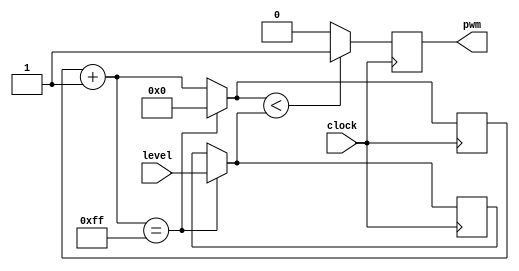
module FixFreqPwmGen (clock, level, pwm);
	input clock;
	input [7:0] level;
	output reg pwm;
	reg [7:0] tempLevel;
	reg [7:0] counter;
	
	initial begin
		pwm = 1'b0;
		tempLevel = 8'd0;
		counter = 8'd0;
	end
	
	always @(posedge clock) begin
		counter = counter + 8'd1;
		if (counter == 8'hFF) begin
			tempLevel = level;
			counter = 8'd0;
		end
		if (counter < tempLevel) begin
			pwm = 1'b1;
		end else  begin
			pwm = 1'b0;
		end
	end
endmodule